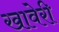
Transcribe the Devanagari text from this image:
खावेरी